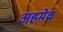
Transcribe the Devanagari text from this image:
अहमेव